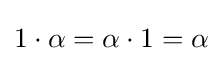
1\cdot \alpha =\alpha \cdot 1=\alpha